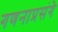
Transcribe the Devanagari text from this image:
गणनाप्रसंगे